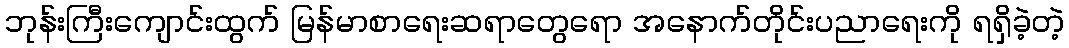
ဘုန်းကြီးကျောင်းထွက် မြန်မာစာရေးဆရာတွေရော အနောက်တိုင်းပညာရေးကို ရရှိခဲ့တဲ့